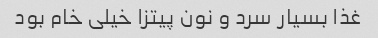
غذا بسیار سرد و نون پیتزا خیلی خام بود